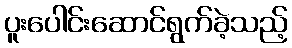
ပူးပေါင်းဆောင်ရွက်ခဲ့သည့်